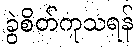
ခွဲစိတ်ကုသရန်